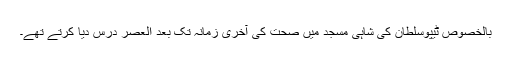
بالخصوص ٹیپوسلطان کی شاہی مسجد میں صحت کی آخری زمانہ تک بعد العصر درس دیا کرتے تھے۔